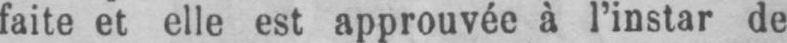
faite et elle est approuvée à l’instar de